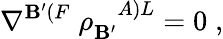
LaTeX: \nabla^{\mathbf{B}^{\prime}(F}\; \rho_{\mathbf{B}^{\prime}}^{\; \; \; A)L}=0\; ,